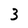
Character: 3